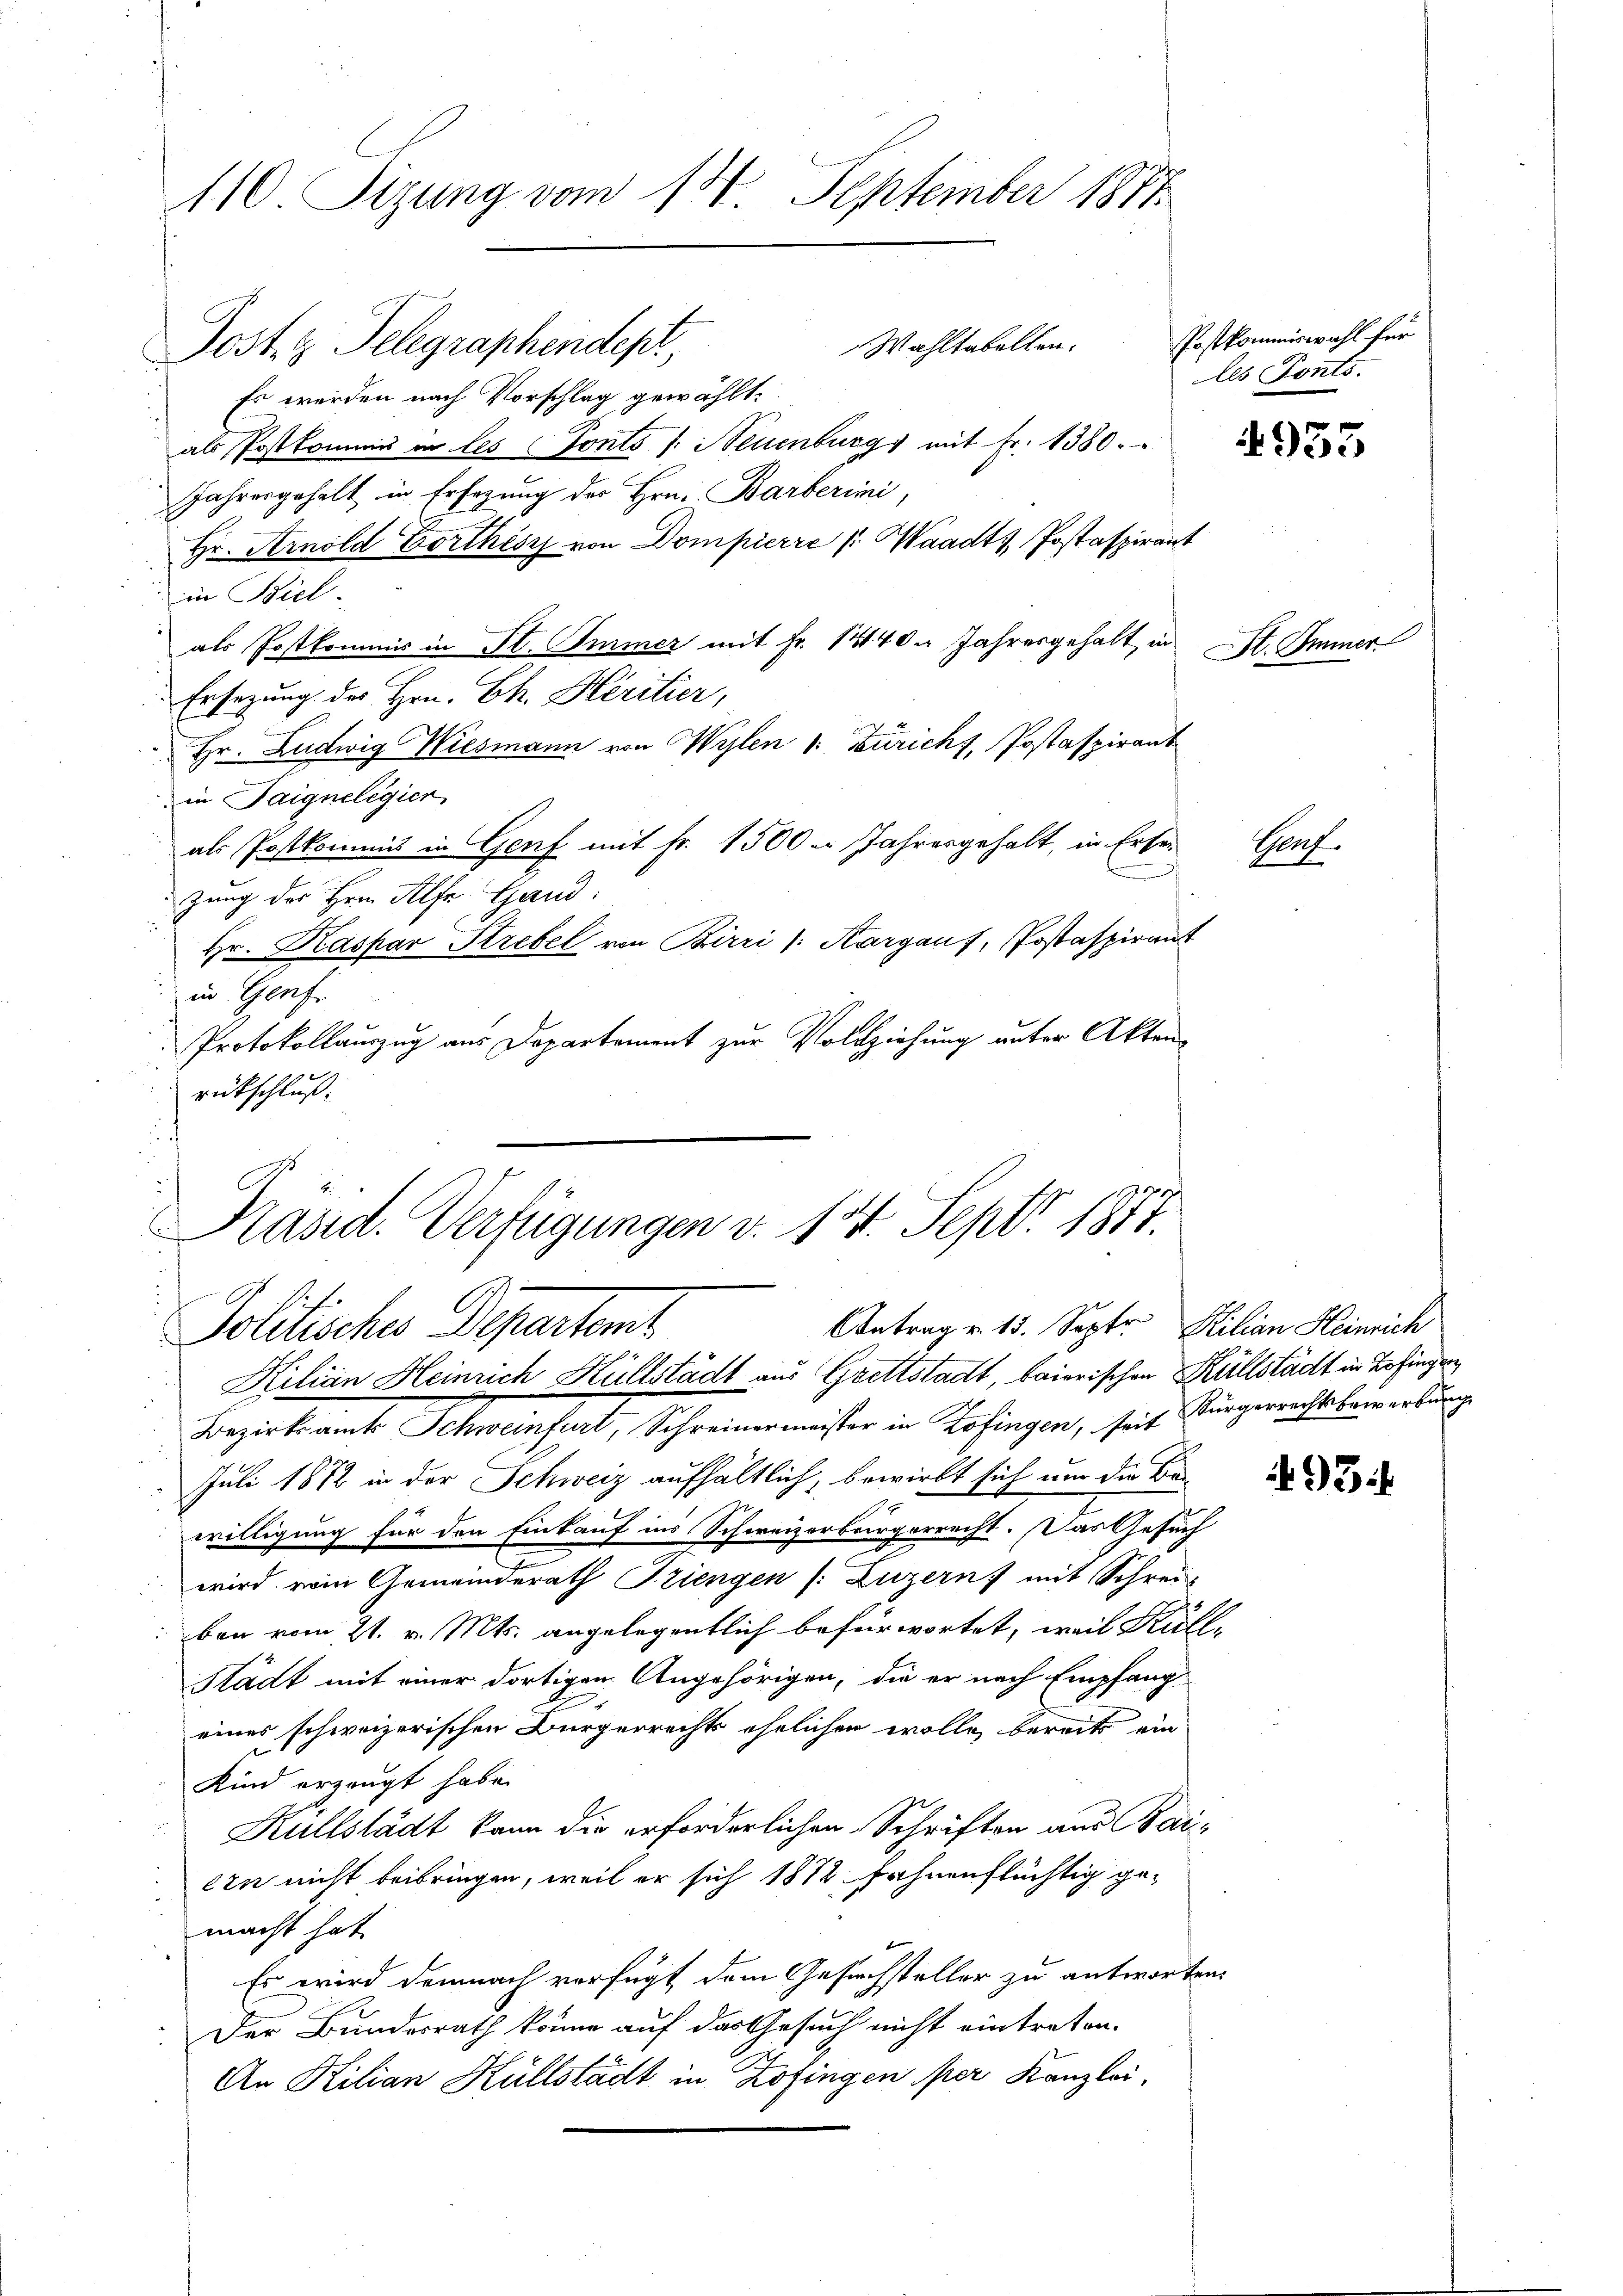
110 Sizung vom 13. September 1871

Post. g. Telegraphendepr
Es werden nach Vorschlag gewählt.
als Postkommis in les Fonts s. Neuenburg mit Fr. 1380.
Jahrengehalt in Ersezung der Hrn. Barberini,
Hr. Arnold Dorthisy von Dompierre /: Waadt Postaspirant
in Biel
als Postkommis in St. Immer mit Fr. 1440. Jahresgehalt in
Ersezung des Hrn. Ch. Héritier,
Hr. Ludwig Wiesmann von Wylen u. Zuricht, Postaspirant
)
in Taignelegier
als Postkommt in Genf mit Fr. 1500 - Jahresgehalt, in Erben
zung des Hrn. Alfe Gand:
Hr. Kaspar Strebel von Birri (:Kargauf, Postaspirant
in Genf
Protokollauszug aus Departement zur Vollziehung unter Aktenrütschluß:
i

Wahltabellen. Postkommiswahl für
les Tonts.

Präsid. Verfügungen v. 14. Sept. 1817.
Antrag v. 15. Septr, Kilian Heinrich
Politische Departant
Kilian Heinrich Hüllstadt aus Grettstadt, baierischen Küllstächt in Zofingen,

Bezirksamts Schweinfurt, Schreinermeister in Zofingen, seit Bürgerrechtsbewerbung
Juli 1872 in der Schweiz aufhältlich, bewirkt sich um die Bewilligung für den Einkauf ins Schweizerbürgerrecht. Das Gesuch
wird vom Gemeinderath Sziengen /: Luzern mit Schrei-
ben vom 21. v. Mts. angelegentlich befürwortet, weil Küll¬
Stadt mit einer dortigen Angehörigen, die er nach Empfang-
eines schweizerischen Bürgerrechts ehelichen wolle, bereits ein
Kind erzeugt habe.
Kullstädt kann die erforderlichen Schriften aus Baiern nicht beibringen, weil er sich 1812 fahnenflüchtig gemacht hat.
Es wird demnach verfügt dem Gesuchsteller zu antworten.
Der Bundesrath könne auf das Gesuch nicht eintreten.
An Kilian Hüllstädt in Zofingen per Kanzlei,

4933

st. Immer

Graf.

493.